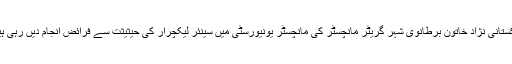
پاکستانی نژاد خاتون برطانوی شہر گریٹر مانچسٹر کی مانچسٹر یونیورسٹی میں سینئر لیکچرار کی حیثیثت سے فرائض انجام دیں رہی ہیں۔